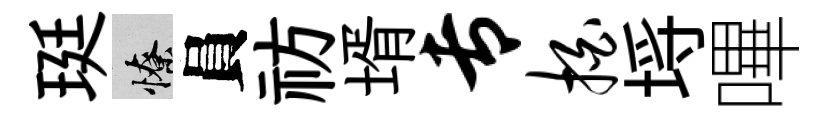
珽憭員祊壻专拍埓嗶